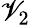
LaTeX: \mathscr{V}_{2}